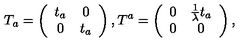
T _ { a } = \left( \begin{array} { c c } { t _ { a } } & { 0 } \\ { 0 } & { t _ { a } } \\ \end{array} \right) , T ^ { a } = \left( \begin{array} { c c } { 0 } & { \frac { 1 } { \lambda } t _ { a } } \\ { 0 } & { 0 } \\ \end{array} \right) ,